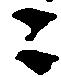
ニ